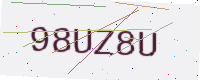
Text: 98UZ8U